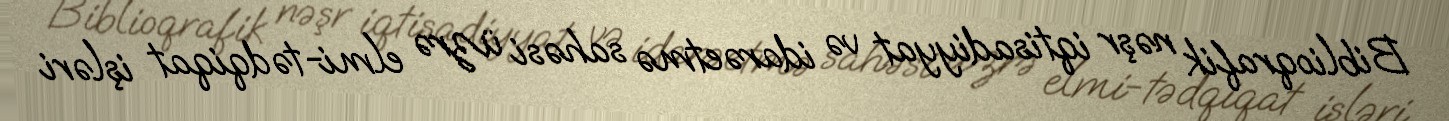
Biblioqrafik nəşr iqtisadiyyat və idarəetmə sahəsi üzrə elmi-tədqiqat işləri